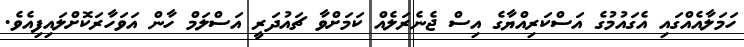
ހަމަލާއެއްގައި އެގައުމުގެ އަސްކަރިއްޔާގެ އިސް ޖެނެރަލެއް ކަމަށްވާ ޗައުދަރީ އަސްލަމް ހާން އަވަހާރަކޮށްލައިފިއެވެ.